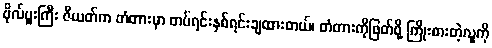
ဗိုလ်မှူးကြီး ဇီယတ်က တံတားမှာ တပ်ရင်းနှစ်ရင်းချထားတယ်၊ တံတားကိုဖြတ်ဖို့ ကြိုးစားတဲ့လူကို